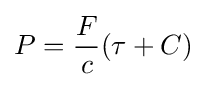
P={\frac {F}{c}}(\tau +C)